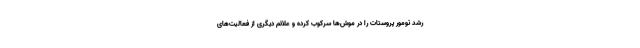
رشد تومور پروستات را در موش‌ها سرکوب کرده و علائم دیگری از فعالیت‌های